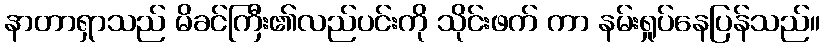
နာတာရှာသည် မိခင်ကြီး၏လည်ပင်းကို သိုင်းဖက် ကာ နမ်းရှုပ်နေပြန်သည်။